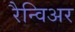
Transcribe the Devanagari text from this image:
रैन्विअर